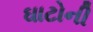
ઘાટોની